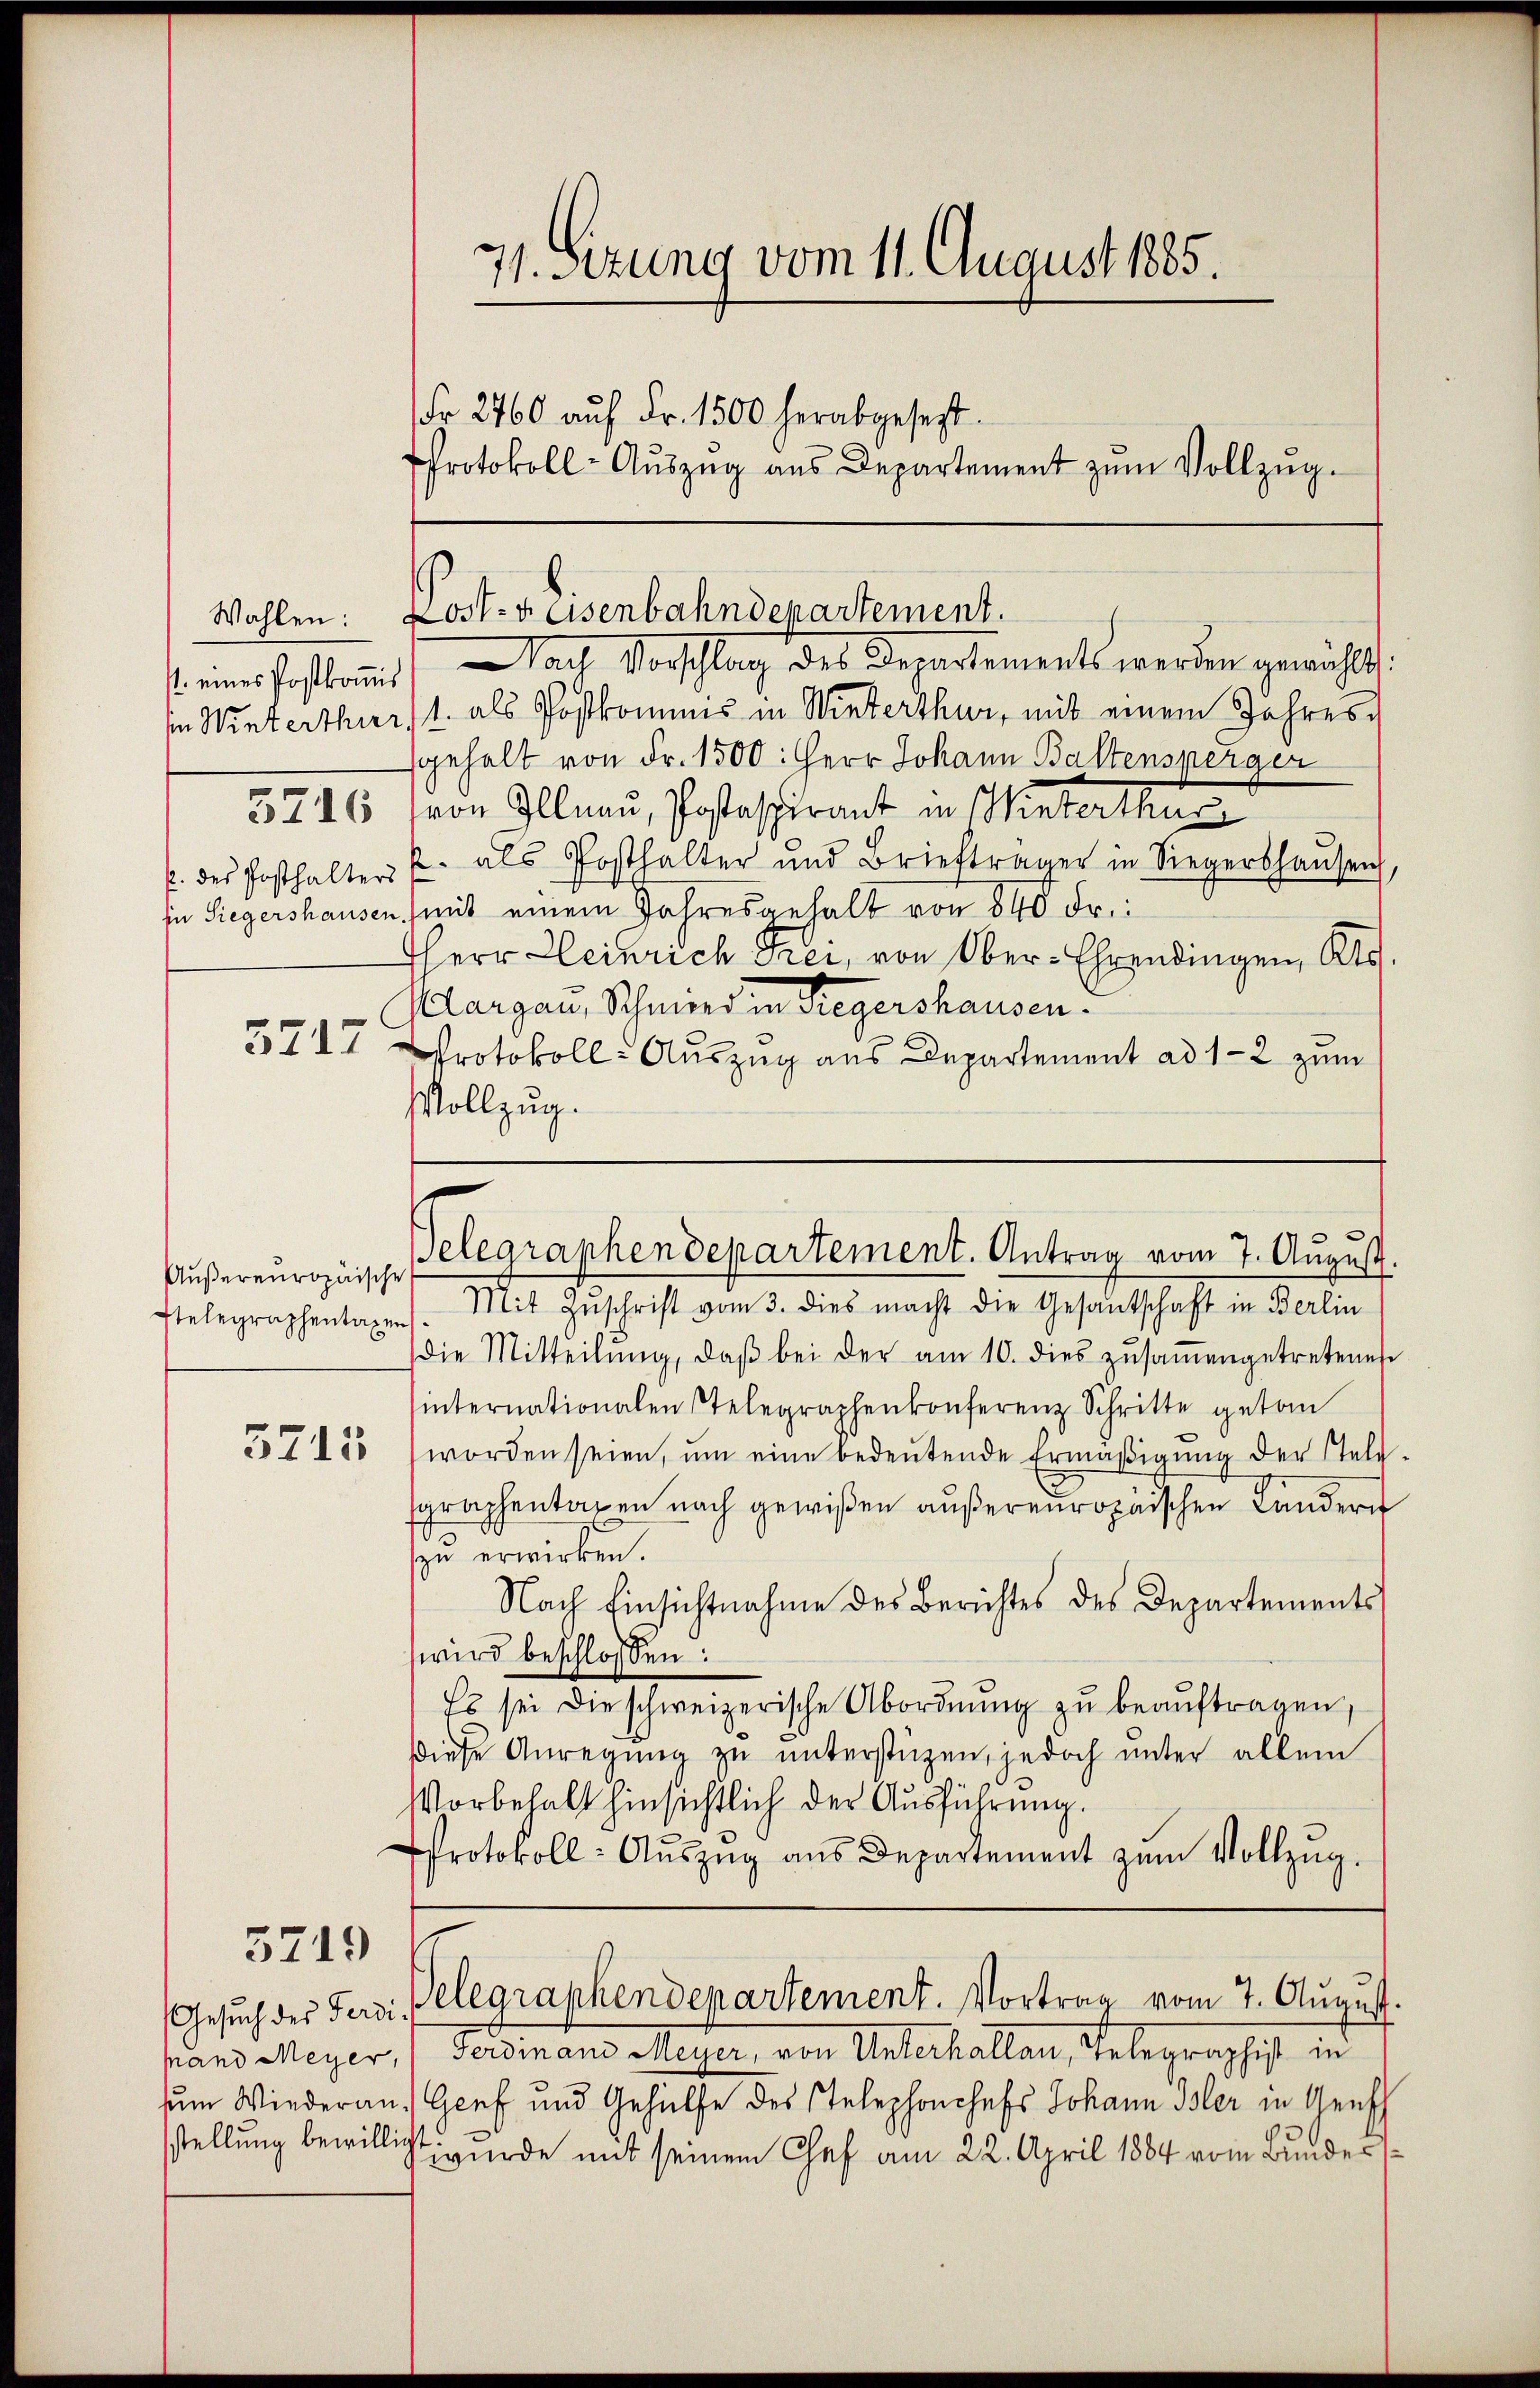
Wahlen:

Außereuropäische
Stelegraphentaxen

3719

s. eines Postkommt. Nach Vorschlag des Departement werden gewählt:
in Winterthur 1. als Postkommnis in Winterthur, mit einem Jahressgehalt von Fr. 1500: Herr Johann Baltensperger
3246 (von Illnau, Postaspirant in Winterthur
p. des Posthalter u. als Posthalter und Briefträger in Siegershaŭsen
in Siegershausen (mit einem Jahresgehalt von 840 Fr.:
Herr Heinrich Frei, von Ober-Ehrendingen, Kts.
Aargau, Schwerd in Riegershausen.
3717 Protokoll- Auszug aus Departement ad 1-2 zum
Vollzug.

71. Sizung vom 11. August 1885.
Fr. 2760 aŭf Fr. 1500 herabgesetzt.
Protokoll-Aŭszŭg aŭs Departement zŭm Vollzug.

Lost- & Eisenbahndepartement.

Belegraphendepartement. Antrag vom 7. August.

Mit Zuschrift vom 3. dies macht die Gesantschaft in Berlin
die Mitteilŭng, daβ bei der am 10. dies zŭsaṁengetretenes
internationalen Telegraphenkonferenz Schritte getan
3712 (worden seien, ŭm eine bedeŭtende Ermäβigŭng der Feld-
sgraphentaxen nach gewißen außereuropaischen Landern
zu erwirken.
Nach Einsichtnahme des Berichtes des Departements
wird beschlossen:
Es sei die schweizerische Abordnŭng zu beaŭftragen,
diese Anregŭng zŭ ŭnterstüzen, jedoch unter allem
Vorbehalt hinsichtlich der Ausführung.
PProtokoll- Auszug aus Departement zum Vollzug.
Gesŭch der Ferdi Belegraphendepartement. Vortrag vom 7. August.
pand Meyer, Ferdinand Meyer, von Unterhallan, Telegraphist in
um Wiederan. Genf und Gehülfe des Stelephonchefs Johann Isler in Genfch
stellung bewilligt wurde mit seinem Chef am 22. April 1884 vom Bunder